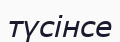
түсінсе